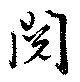
閲